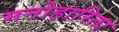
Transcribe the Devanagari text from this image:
मनोहारिता